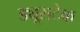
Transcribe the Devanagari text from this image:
ड्यूराटेक